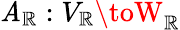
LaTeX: \mathit{A}_{\mathbb{{R}}}:V_{\mathbb{{R}}}\toW_{\mathbb{{R}}}